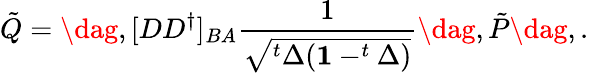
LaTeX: \tilde{Q}=\dag,[DD^{\dagger}]_{BA}\frac{1}{\sqrt{^t\Delta(\mathbf{1}-^{t}\Delta)}}\dag,\tilde{P}\dag,.